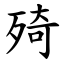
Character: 㱦